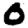
Digit: 0